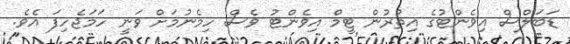
ޑަބަލްސް އިވެންޓުގެ އިތުރުން ޓީމް އިވެންޓު ވެސް ހިމެނުމަށް ވަނީ ހަމަޖެހިފަ އެވެ.